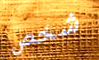
شخص